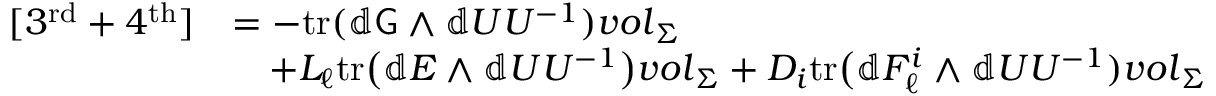
\begin{array} { r l } { [ 3 ^ { \mathrm { r d } } + 4 ^ { \mathrm { t h } } ] } & { = - \mathrm { t r } ( \mathbb { d } \mathsf { G } \wedge \mathbb { d } U U ^ { - 1 } ) { \boldsymbol { v o l } } _ { \Sigma } } \\ & { \quad + L _ { \ell } \mathrm { t r } \big ( \mathbb { d } E \wedge \mathbb { d } U U ^ { - 1 } \big ) { \boldsymbol { v o l } } _ { \Sigma } + D _ { i } \mathrm { t r } \big ( \mathbb { d } F _ { \ell } ^ { i } \wedge \mathbb { d } U U ^ { - 1 } ) { \boldsymbol { v o l } } _ { \Sigma } } \end{array}